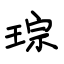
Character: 琮